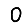
Digit: 0